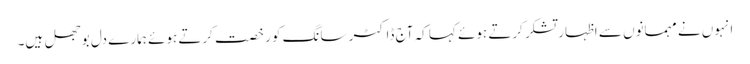
انہوں نے مہمانوں سے اظہار تشکر کرتے ہوئے کہا کہ آج ڈاکٹر سانگ کو رخصت کرتے ہوئے ہمارے دل بوجھل ہیں۔